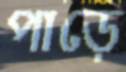
পাড়ে